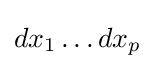
dx_{1}\dots dx_{p}